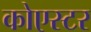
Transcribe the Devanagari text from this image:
कोएस्टर